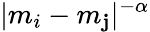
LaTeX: |m_{i}-m_{\mathbf{j}}|^{-\alpha}